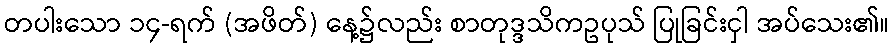
တပါးသော ၁၄-ရက် (အဖိတ်) နေ့၌လည်း စာတုဒ္ဒသိကဥပုသ် ပြုခြင်းငှါ အပ်သေး၏။